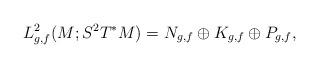
LaTeX: \begin{align*}L^2_{g,f}(M;S^2 T^*M)=N_{g,f}\oplus K_{g,f}\oplus P_{g,f},\end{align*}